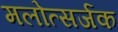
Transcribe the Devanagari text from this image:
मलोत्सर्जक